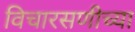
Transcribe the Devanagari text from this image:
विचारसणीच्या